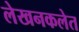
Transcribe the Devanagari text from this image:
लेखनकलेत